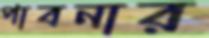
পাবনার